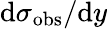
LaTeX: \mathrm{d}\sigma_{\mathrm{obs}}/\mathrm{d}y